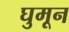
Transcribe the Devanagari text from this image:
घुमून